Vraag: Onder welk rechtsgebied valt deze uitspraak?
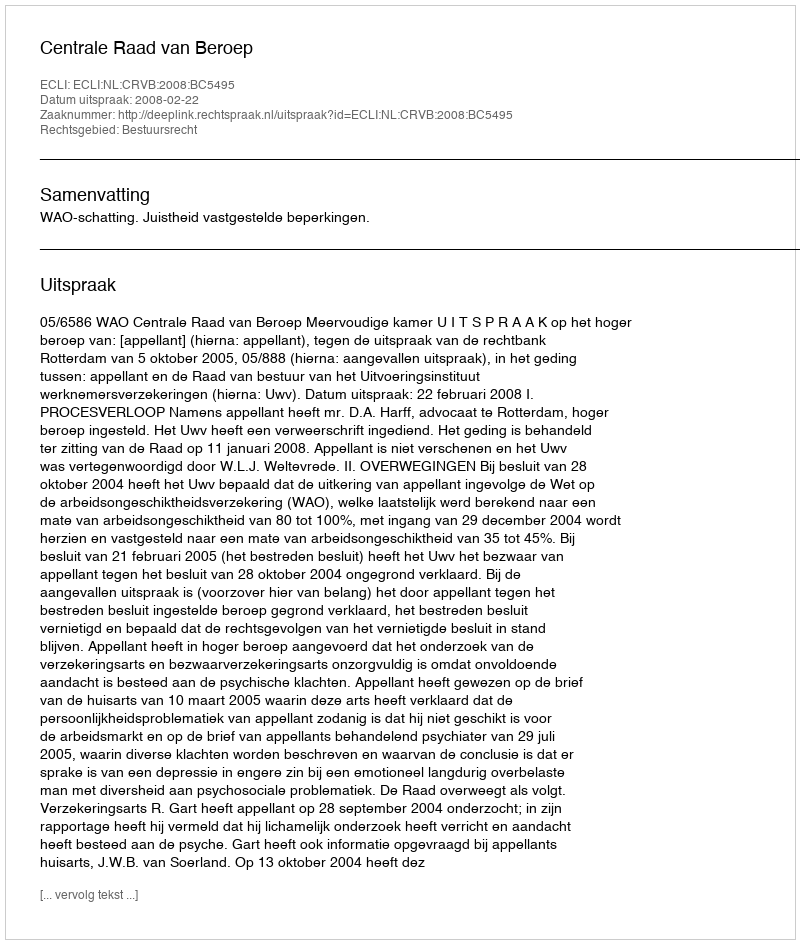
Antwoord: Bestuursrecht